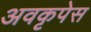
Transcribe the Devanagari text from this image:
अवकृपेस